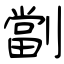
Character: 劏